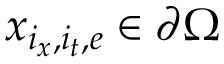
\boldsymbol { x } _ { i _ { x } , i _ { t } , e } \in \partial \Omega